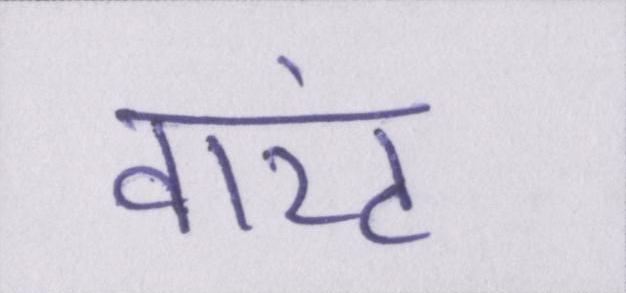
वारंट